Punjab Mental Hospital Lahore 1922-31 - 1922-1931
Year: 1922
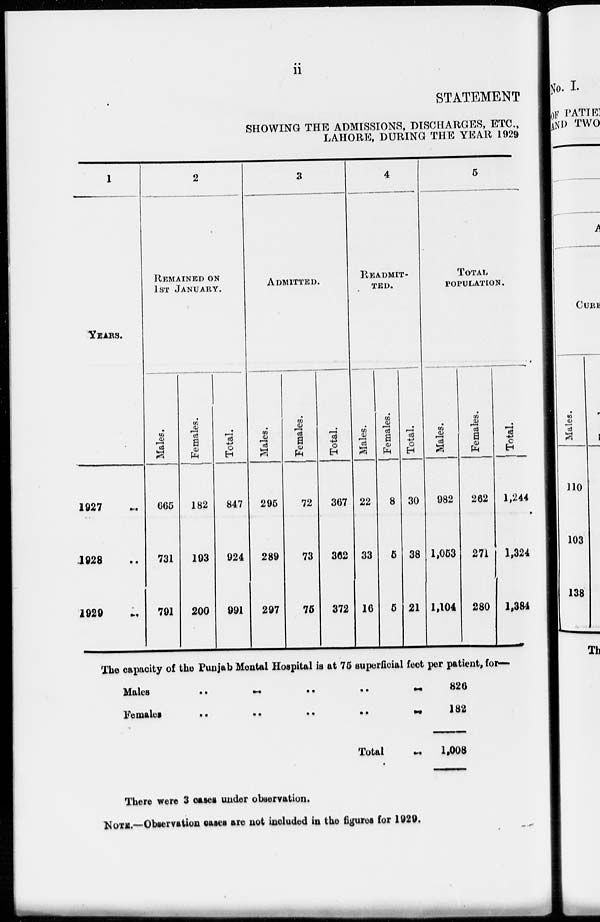
ii
STATEMENT
SHOWING THE ADMISSIONS, DISCHARGES, ETC.,
LAHORE, DURING THE YEAR 1929
1
YEARS.
1927 ..
1928 ..
1929 ..
2
REMAINED ON
1ST JANUARY.
Males.
665
731
791
Females.
182
193
200
Total.
847
924
991
3
ADMITTED.
Males.
295
289
297
Females.
72
73
75
Total.
367
362
372
4
READMIT-
---.
Males.
22
33
16
Females.
8
5
5
Total.
30
38
21
5
TOTAL
POPULATION.
Males.
982
1,053
1,104
Females.
262
271
280
Total.
1,244
1,324
1,384
The capacity of the Punjab Mental Hospital is at 75 superficial feet per patient, for-
Males
...
...
...
...
...
...
Females
...
...
...
...
...
Total
...
826
182
1,008
There were 3 cases under observation.
NOTE.—Observation cases are not included in the figures for 1929.